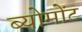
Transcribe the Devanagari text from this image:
ब्योमोंट